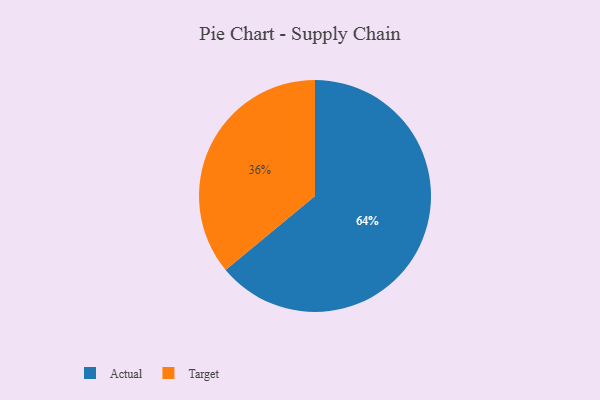
{"axis": {"x": "Category", "y": "Percentage"}, "legend": ["Actual", "Target"], "data": [{"x": "Target", "y": 36, "type": "Target"}, {"x": "Actual", "y": 64, "type": "Actual"}]}